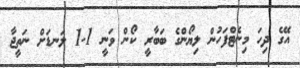
އޭގެ ދިހަ މިނެޓްފަހުން ލިޔޯންގެ ބަބާރީ ކޯން ވަނީ 1-1 ލަނޑަށް ނަތީޖާ